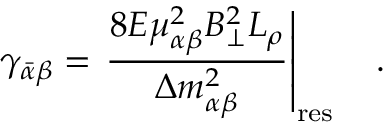
\gamma _ { \bar { \alpha } \beta } = \left. { \frac { 8 E \mu _ { \alpha \beta } ^ { 2 } B _ { \perp } ^ { 2 } L _ { \rho } } { \Delta m _ { \alpha \beta } ^ { 2 } } } \right| _ { \mathrm { r e s } } ~ ~ ~ .